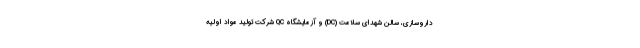
داروسازی، سالن شهدای سلامت (DC) و آزمایشگاه QC شرکت تولید مواد اولیه